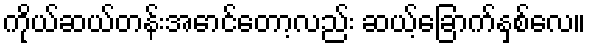
ကိုယ်ဆယ်တန်းအောင်တော့လည်း ဆယ့်ခြောက်နှစ်လေ။